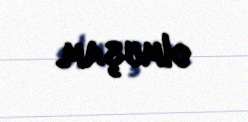
olmuşam.